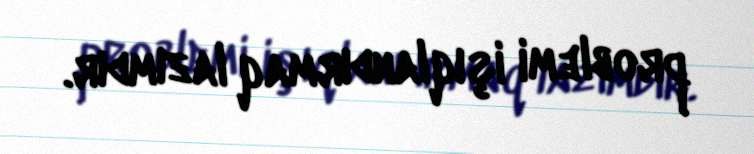
problemi işıqlandırmaq lazımdır.